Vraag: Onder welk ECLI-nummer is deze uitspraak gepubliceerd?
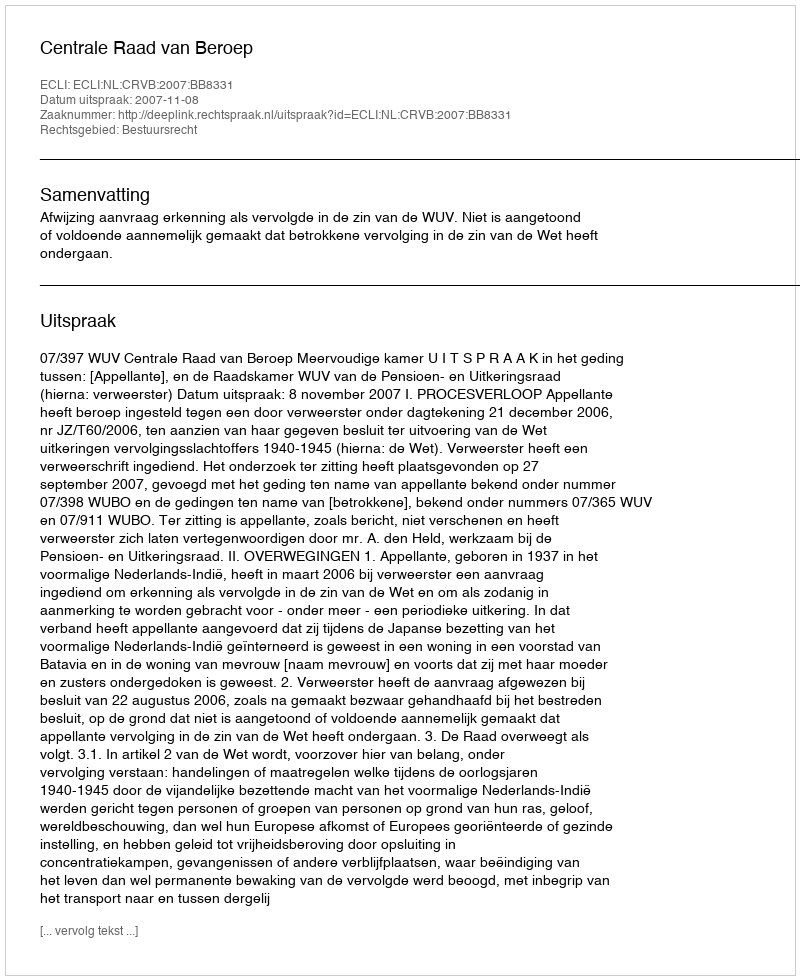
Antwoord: ECLI:NL:CRVB:2007:BB8331